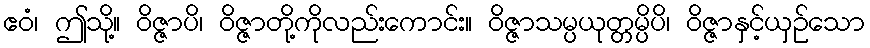
ဧဝံ၊ ဤသို့။ ဝိဇ္ဇာပိ၊ ဝိဇ္ဇာတို့ကိုလည်းကောင်း။ ဝိဇ္ဇာသမ္ပယုတ္တမ္ပိပိ၊ ဝိဇ္ဇာနှင့်ယှဉ်သော